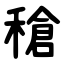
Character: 䅮